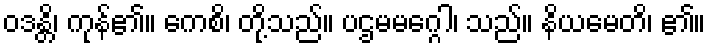
ဝဒန္တိ၊ ကုန်၏။ ကေစိ၊ တို့သည်။ ပဌမမဂ္ဂေါ၊ သည်။ နိယမေတိ၊ ၏။